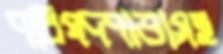
পরিষদপাড়াসহ